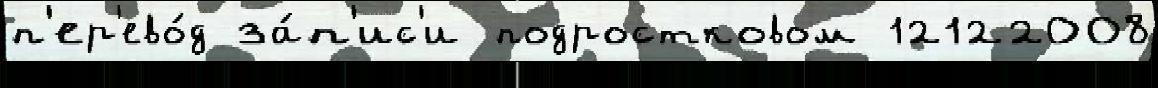
п'ер'ево́д за́п'ис'и подростковом 12122008